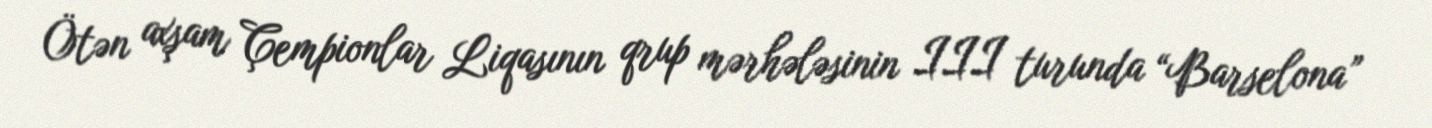
Ötən axşam Çempionlar Liqasının qrup mərhələsinin III turunda “Barselona”